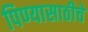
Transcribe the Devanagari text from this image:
पिण्यासाठीचे